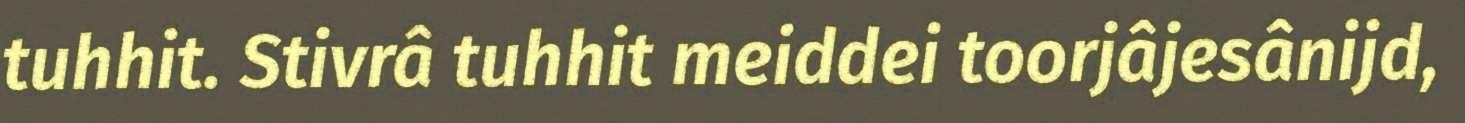
tuhhit. Stivrâ tuhhit meiddei toorjâjesânijd,